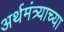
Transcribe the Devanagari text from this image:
अर्थमंत्र्याच्या